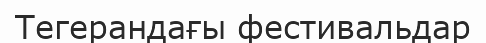
Тегерандағы фестивальдар